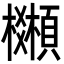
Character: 𩕒